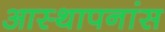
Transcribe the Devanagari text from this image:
आस्थापनांस